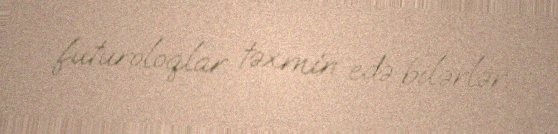
futuroloqlar təxmin edə bilərlər.